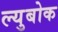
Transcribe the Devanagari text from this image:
ल्युबोक